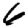
Digit: 6